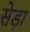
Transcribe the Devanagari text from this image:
सेड़ा